Report of the Indian Hemp Drugs Commission, 1894-1895 - Volume III
Year: 1894
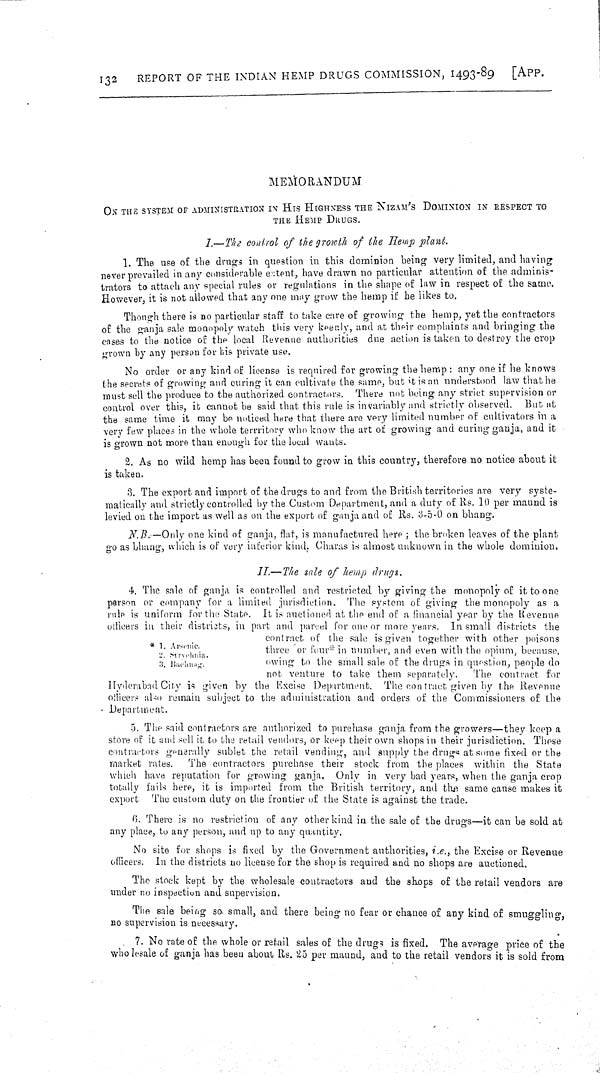
132
REPORT OF THE INDIAN HEMP DRUGS COMMISSION, 1493-89
[APP.
MEMORANDUM
ON THE SYSTEM OF ADMINISTRATION IN HIS HIGHNESS THE NIZAM'S DOMINION IN RESPECT TO
THE HEMP DRUGS.
I.—The control of the growth of the Hemp plant.
1. The use of the drugs in question in this dominion being very limited, and having
never prevailed in any considerable extent, have drawn no particular attention of the adminis-
trators to attach any special rules or regulations in the shape of law in respect of the same
However, it is not allowed that any one may grow the hemp if he likes to.
Though there is no particular staff to take care of growing the hemp, yet the contractors
of the ganja sale monopoly watch this very keenly, and at their complaints and bringing the
cases to the notice of the local Revenue authorities due action is taken to destroy the crop
grown by any person for his private use.
No order or any kind of license is required for growing the hemp: any one if he knows
the secrets of growing and curing it can cultivate the same, but it is an understood law that he
must sell the produce to the authorized contractors. There not being any strict supervision or
control over this, it cannot be said that this rule is invariably and strictly observed. But at
the same time it may be noticed here that there are very limited number of cultivators in a
very few places in the whole terrritory who know the art of growing and curing ganja, and it
is grown not more than enough for the local wants.
2. As no wild hemp has been found to grow in this country, therefore no notice about it
is taken.
3. The export and import of the drugs to and from the British territories are very syste-
matically and strictly controlled by the Custom Department, and a duty of Rs. 10 per maund is
levied on the import as well as on the export of ganja and of Rs. 3-5-0 on bhang.
N.B.-Only one kind of ganja, flat, is manufactured here; the broken leaves of the plant
go as bhang, which is of very inferior kind. Charas is almost unknown in the whole dominion.
* 1. Arsenic.
2. Stryehnia.
3. Buchnag.
II.-The sale of hemp drugs.
4. The sale of ganja is controlled and restricted by giving the monopoly of it to one
person or company for a limited jurisdiction. The system of giving the monopoly as a
rule is uniform for the State. It is auctioned at the end of a financial year by the Revenue
officers in their districts, in part and parcel for one or more years. In small districts the
contract of the sale is given together with other poisons
three or four* in number, and even with the opium, because,
owing to the small sale of the drugs in question, people do
not venture to take them separately.
The contract for
Hyderabad City is given by the Excise Department. The contract given by the Revenue
officers also remain subject to the administration and orders of the Commissioners of the
Department.
5. The said contractors are authorized to purchase ganja from the growers—they keep a
store of it and sell it to the retail vendors, or keep their own shops in their jurisdiction. These
contractors generally sublet the retail vending, and supply the drugs at some fixed or the
market rates.
The contractors purchase their stock from the places within the State
which have reputation for growing ganja. Only in very bad years, when the ganja crop
totally fails here, it is imported from the British territory, and the same cause makes it
export. The custom duty on the frontier of the State is against the trade.
6. There is no restriction of any other kind in the sale of the drugs-it can be sold at
any place, to any person, and up to any quantity.
No site for shops is fixed by the Government authorities, i.e., the Excise or Revenue
officers. In the districts no license for the shop is required and no shops are auctioned.
The stock kept by the wholesale contractors and the shops of the retail vendors are
under no inspection and supervision.
The sale being so. small, and there being no fear or chance of any kind of smuggling,
no supervision is necessary.
7. No rate of the whole or retail sales of the drugs is fixed. The average price of the
who lesale of ganja has been about Rs. 25 per maund, and to the retail vendors it is sold from